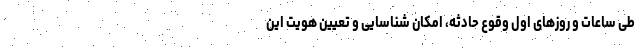
طی ساعات و روزهای اول وقوع حادثه، امکان شناسایی و تعیین هویت این